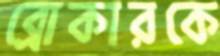
ব্রোকারকে